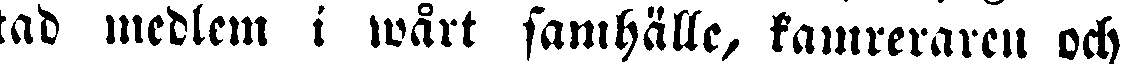
tad medlem i wårt samhälle, kamreraren och